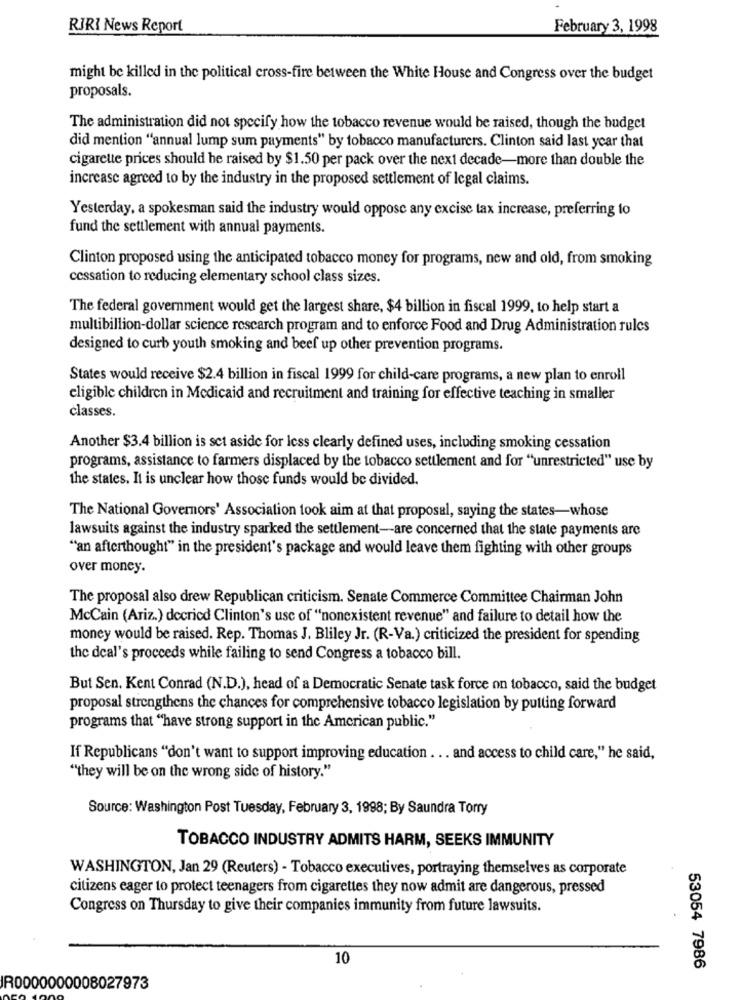
RIRI News Report
February 3, 1998
might be killed in the political cross-fire between the White House and Congress over the budget
proposals.
The administration did not specify how the tobacco revenue would be raised, though the budget
did mention "annual lump sum payments" by tobacco manufacturers. Clinton said last year that
cigarette prices should be raised by $1.50 per pack over the next decade-more than double the
increase agreed to by the industry in the proposed settlement of legal claims.
Yesterday, a spokesman said the industry would oppose any excise tax increase, preferring to
fund the settlement with annual payments.
Clinton proposed using the anticipated tobacco money for programs, new and old, from smoking
cessation to reducing elementary school class sizes.
The federal government would get the largest share, $4 billion in fiscal 1999, to help start a
multibillion-dollar science research program and to enforce Food and Drug Administration rules
designed to curb youth smoking and beef up other prevention programs.
States would receive $2.4 billion in fiscal 1999 for child-care programs, a new plan to enroll
eligible children in Medicaid and recruitment and training for effective teaching in smaller
classes.
Another $3.4 billion is set aside for less clearly defined uses, including smoking cessation
programs, assistance to farmers displaced by the tobacco settlement and for "unrestricted" use by
the states. It is unclear how those funds would be divided.
The National Governors' Association took aim at that proposal, saying the states-whose
lawsuits against the industry sparked the settlement -- are concerned that the state payments are
"an afterthought" in the president's package and would leave them fighting with other groups
over money.
The proposal also drew Republican criticism. Senate Commerce Committee Chairman John
McCain (Ariz.) decried Clinton's use of "nonexistent revenue" and failure to detail how the
money would be raised. Rep. Thomas J. Bliley Jr. (R-Va.) criticized the president for spending
the deal's proceeds while failing to send Congress a tobacco bill.
But Sen. Kent Conrad (N.D.), head of a Democratic Senate task force on tobacco, said the budget
proposal strengthens the chances for comprehensive tobacco legislation by putting forward
programs that "have strong support in the American public."
If Republicans "don't want to support improving education . .. and access to child care," he said,
"they will be on the wrong side of history."
Source: Washington Post Tuesday, February 3, 1998; By Saundra Torry
TOBACCO INDUSTRY ADMITS HARM, SEEKS IMMUNITY
WASHINGTON, Jan 29 (Reuters) - Tobacco executives, portraying themselves as corporate
citizens eager to protect teenagers from cigarettes they now admit are dangerous, pressed
Congress on Thursday to give their companies immunity from future lawsuits.
10
53054 7986
R0000000008027973